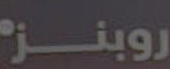
روبنز